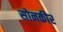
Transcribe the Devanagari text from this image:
सोनकीर